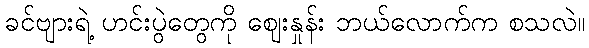
ခင်ဗျားရဲ့ ဟင်းပွဲတွေကို ဈေးနှုန်း ဘယ်လောက်က စသလဲ။